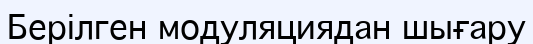
Берілген модуляциядан шығару